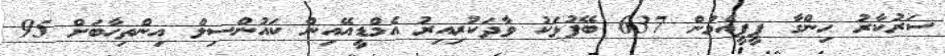
ސަރުކާރު ހިންގާ ޕީޕީއެމުން 637 ބޭފުޅަކު ވާދަކުރިއިރު އެމްޑީއޭއިން ކައުންސިލް އިންތިހާބަށް 95